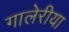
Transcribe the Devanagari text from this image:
गालेरीया